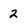
Character: 2